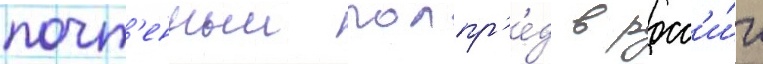
почт'енныи полпр'е́д в росс'и́и